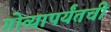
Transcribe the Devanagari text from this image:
गोव्यापर्यंतची